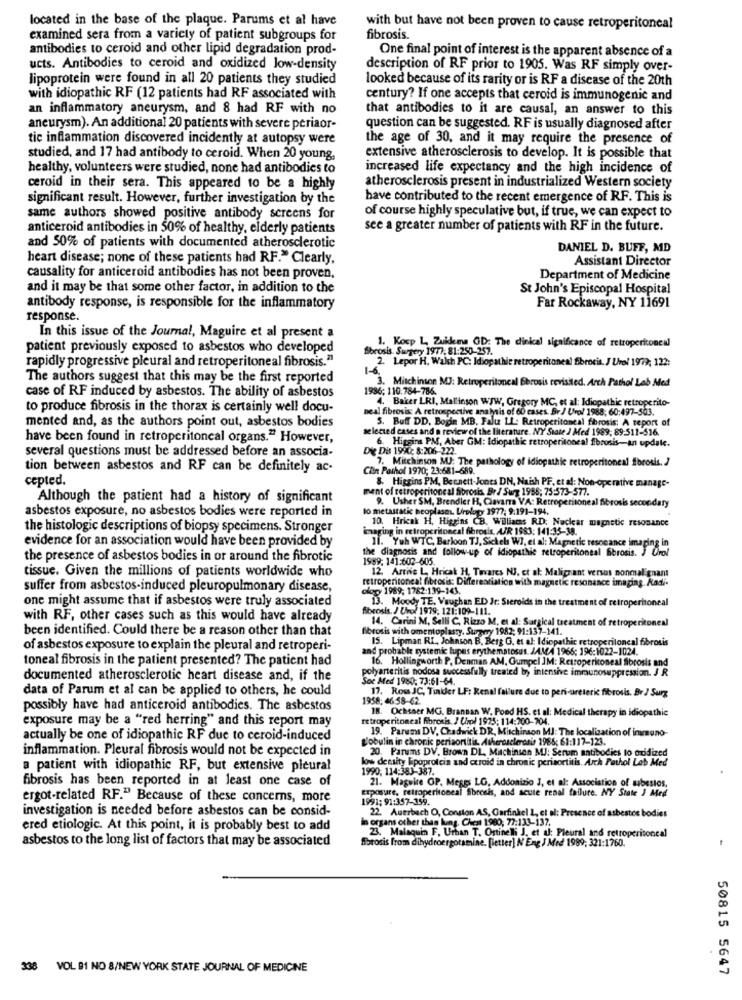
located in the base of the plaque. Parums et al have
with but have not been proven to cause retroperitoneal
examined sera from a variety of patient subgroups for
fibrosis.
antibodies to ceroid and other lipid degradation prod-
One final point of interest is the apparent absence of a
ucts. Antibodies to ceroid and oxidized low-density
description of RF prior to 1905. Was RF simply over-
lipoprotein were found in all 20 patients they studied
looked because of its rarity or is RF a disease of the 20th
with idiopathic RF (12 patients had RF associated with
century? If one accepts that ceroid is immunogenic and
an inflammatory aneurysm, and 8 had RF with no
that antibodies to it are causal, an answer to this
aneurysm). An additional 20 patients with severe periaor-
question can be suggested. RF is usually diagnosed after
tic inflammation discovered incidently at autopsy were
the age of 30, and it may require the presence of
studied, and 17 had antibody to ceroid. When 20 young,
extensive atherosclerosis to develop. It is possible that
healthy, volunteers were studied, none had antibodies to
increased life expectancy and the high incidence of
ceroid in their sera. This appeared to be a highly
atherosclerosis present in industrialized Western society
significant result. However, further investigation by the
have contributed to the recent emergence of RF. This is
of course highly speculative but, if true, we can expect to
same authors showed positive antibody screens for
anticeroid antibodies in 50% of healthy, elderly patients
see a greater number of patients with RF in the future.
and 50% of patients with documented atherosclerotic
DANIEL D. BUFF, MD
heart disease; none of these patients had RF." Clearly.
Assistant Director
causality for anticeroid antibodies has not been proven,
Department of Medicine
and it may be that some other factor, in addition to the
St John's Episcopal Hospital
antibody response, is responsible for the inflammatory
Far Rockaway, NY 11691
response.
In this issue of the Journal, Maguire et al present a
patient previously exposed to asbestos who developed
fibrosis. Surgery 1977, 81:250-257.
1. Kocp L Zuidema GD: The dinical significance of retroperitoneal
rapidly progressive pleural and retroperitoneal fibrosis."1
2. Lepor H. Walsh PC: Idiopathic retroperitoneal fibrosis. J Uvol 1979; 122:
The authors suggest that this may be the first reported
3. Mitchinson MJ: Retroperitoneal Bbrosis revisited. Arch Pathol Leb Med
case of RF induced by asbestos. The ability of asbestos
1936; 110.784-786.
4. Baker LRI, Mallinson WWW, Gregory MC, et al: Idiopathic retroperito-
to produce fibrosis in the thorax is certainly well docu-
neal fibrosis A retrospective analysis of 60 cases. Br / Uvol 1988; 60:497-503.
mented and, as the authors point out, asbestos bodies
5. Buff DD. Bogie MB, Falu LL: Retroperitoneal fibrosis: A report of
selected cases and a review of the literature. NY State J Med 1989, 89-511-516.
have been found in retroperitoneal organs." However,
6. Higgins PM, Aber GM: Idiopathic retroperitoneal fibrosis-an update.
several questions must be addressed before an associa-
Die Dis 1990: 8:206-222.
7. Mitchinson MUJ: The pathology of idiopathic retroperitoneal fibrosis. ]
tion between asbestos and RF can be definitely ac-
Cilin Pathol 1970; 23:681-689.
cepted.
ment of retroperitoneal fibrosis. Br / Surg 1986; 75:573-577.
8. Higgins PM, Bennett-Jones DN, Naish PF, et al: Non-operative manage-
Although the patient had a history of significant
9. Usher SM. Brendler H, Clavamra VA: Retroperitoneal fibrosis secondary
asbestos exposure, no asbestos bodies were reported in
lo metastatic neoplasm. Uroluyor 1977: 9:191-194.
10. Hricak H, Higgins CB. Williams RD; Nuclear magnetic resonance
the histologic descriptions of biopsy specimens. Stronger
imaging in retroperitoneal fibrosis. AJR 1983: 141:35-38.
11. Yuh WTC, Barloon TJ, Sickels WI, et al: Magnetic resonance imaging in
evidence for an association would have been provided by
the diagnosis and follow-up of idiopathic retroperitoneal fibrosis. J Urol
the presence of asbestos bodies in or around the fibrotic
1989: 141:602-605.
12. Arrive L, Hrical H. Tavares N3. et al: Malignant versus nonmalignant
tissue. Given the millions of patients worldwide who
retroperitoneal fibrosis: Differentiation with magnetic resonance imaging. Radi-
suffer from asbestos-induced pleuropulmonary disease,
ology 1989; 1782-139-143.
one might assume that if asbestos were truly associated
13. Moody TE, Vaughan ED It: Steroids in the treatment of retroperitoneal
fibrosis. / Uvol 1979, 121:109-111.
with RF, other cases such as this would have already
14. Carini M, Salli C. Rizzo M. et al: Surgical treatment of retroperitoneal
been identified. Could there be a reason other than that
fibrosis with omentoplasty. Survery 1982; 91:137-141.
IS. Lipman RI, Johnson B. Berg G. et al: Idiopathic retroperitoneal fibrosis
of asbestos exposure to explain the pleural and retroperi-
and probable systemic lupus erythematosus. JAMA 1966; 196:1022-1024.
toneal fibrosis in the patient presented? The patient had
16. Hollingworth P, Denman AM, Gumpel JM: Retroperitoneal fibrosis and
polyarteritis nodosa successfully treated by intensive immunosuppression. J R
documented atherosclerotic heart disease and, if the
Soc Med 1980: 73:61-64.
data of Parum et al can be applied to others, he could
17. Row JC, Tinker LF: Renal failure due to peri-areteric fibrosis. Br / Surg
1958: 46:58-62.
possibly have had anticeroid antibodies. The asbestos
18. Ochsaer MG, Brannan W. Pond HS. et al: Medical therapy in idiopathic
exposure may be a "red herring" and this report may
retroperitoneal fibrosis / Chol 1923: 114:200-704.
19. Parums DV, Chadwick DR, Mitchinson MJ: The localization of invauno-
actually be one of idiopathic RF due to ceroid-induced
lobulin in chronic periaortitis, Atherosclerosis 1986; 61:117-123.
inflammation. Pleural fibrosis would not be expected in
20. Parums DV. Brown DL, Mischinsan MJ: Serum antibodies to oxidized
low density lipoprotein and cxroid in chronic perisortitis. Arch Porhol Lab Med
a patient with idiopathic RF, but extensive pleural
1990; 114:383-387.
fibrosis has been reported in at least one case of
21. Maguire OP. Mesgs LG, Addonizio J, et al: Association of asbestos,
Exposure, retroperitoneal fibrosis, and acute renal failure. NY State J Med
ergot-related RF." Because of these concerns, more
1991; 91:357-159.
investigation is needed before asbestos can be consid-
22 Auerbach O, Conston AS, Garfinkel L, et al: Presence of asbestos bodies
organs other than lung, Chest 1980, 77:133-137.
ered etiologic. At this point, it is probably best to add
asbestos to the long list of factors that may be associated
fibrosis from dihydroergotamine. [letter] N Eng J Med 1989; 321:1760.
23. Malaquin F. Urban T. Ostinelli J. et al: Pleural and retroperitoneal
338 VOL 91 NO 8/NEW YORK STATE JOURNAL OF MEDICINE
50815 5647